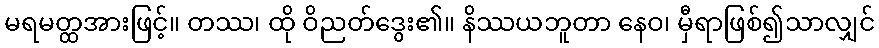
မရမတ္ထအားဖြင့်။ တဿ၊ ထို ဝိညတ်ဒွေး၏။ နိဿယဘူတာ နေဝ၊ မှီရာဖြစ်၍သာလျှင်